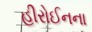
હીરોઈનના